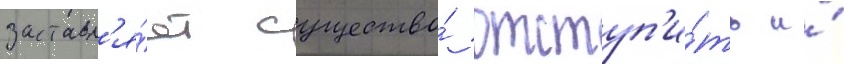
заставл'я́ет существо́ отступ'и́ть и́